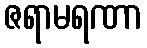
ဇရာမရဏာ